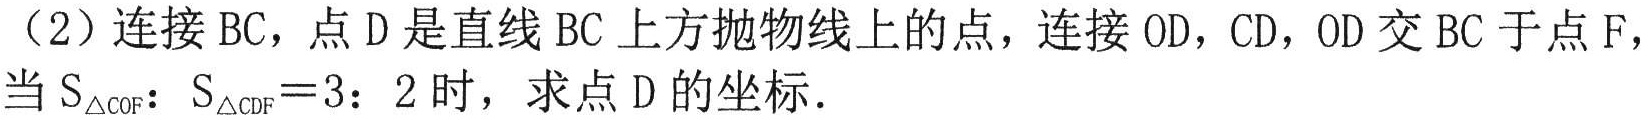
（2）连接 \(BC\)，点 \(D\) 是直线 \(BC\) 上方抛物线上的点，连接 \(OD\)，\(CD\)，\(OD\) 交 \(BC\) 于点 \(F\)，当 \(S_{\triangle COF}:S_{\triangle CDF}=3:2\) 时，求点 \(D\) 的坐标.